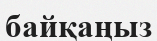
байқаңыз